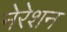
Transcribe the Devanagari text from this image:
नेरेशन